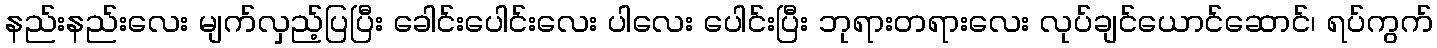
နည်းနည်းလေး မျက်လှည့်ပြပြီး ခေါင်းပေါင်းလေး ပါလေး ပေါင်းပြီး ဘုရားတရားလေး လုပ်ချင်ယောင်ဆောင်၊ ရပ်ကွက်